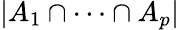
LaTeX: |A_{1}\cap\cdots\cap A_{p}|